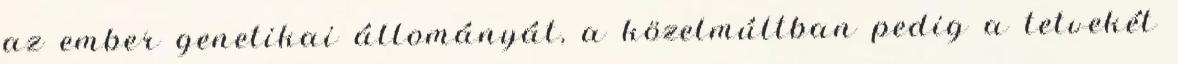
az ember genetikai állományát, a közelmúltban pedig a tetvekét